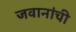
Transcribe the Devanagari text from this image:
जवानांची